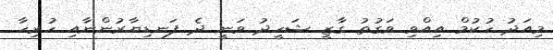
މިއަދު ހުކުމް އިއްވި ވަގުތު ގާޒީ ޝަހީދު ވަނީ ދެ ފަނޑިޔާރުންނާއި ހުރިހާ